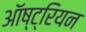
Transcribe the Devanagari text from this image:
ऑष्ट्रियन